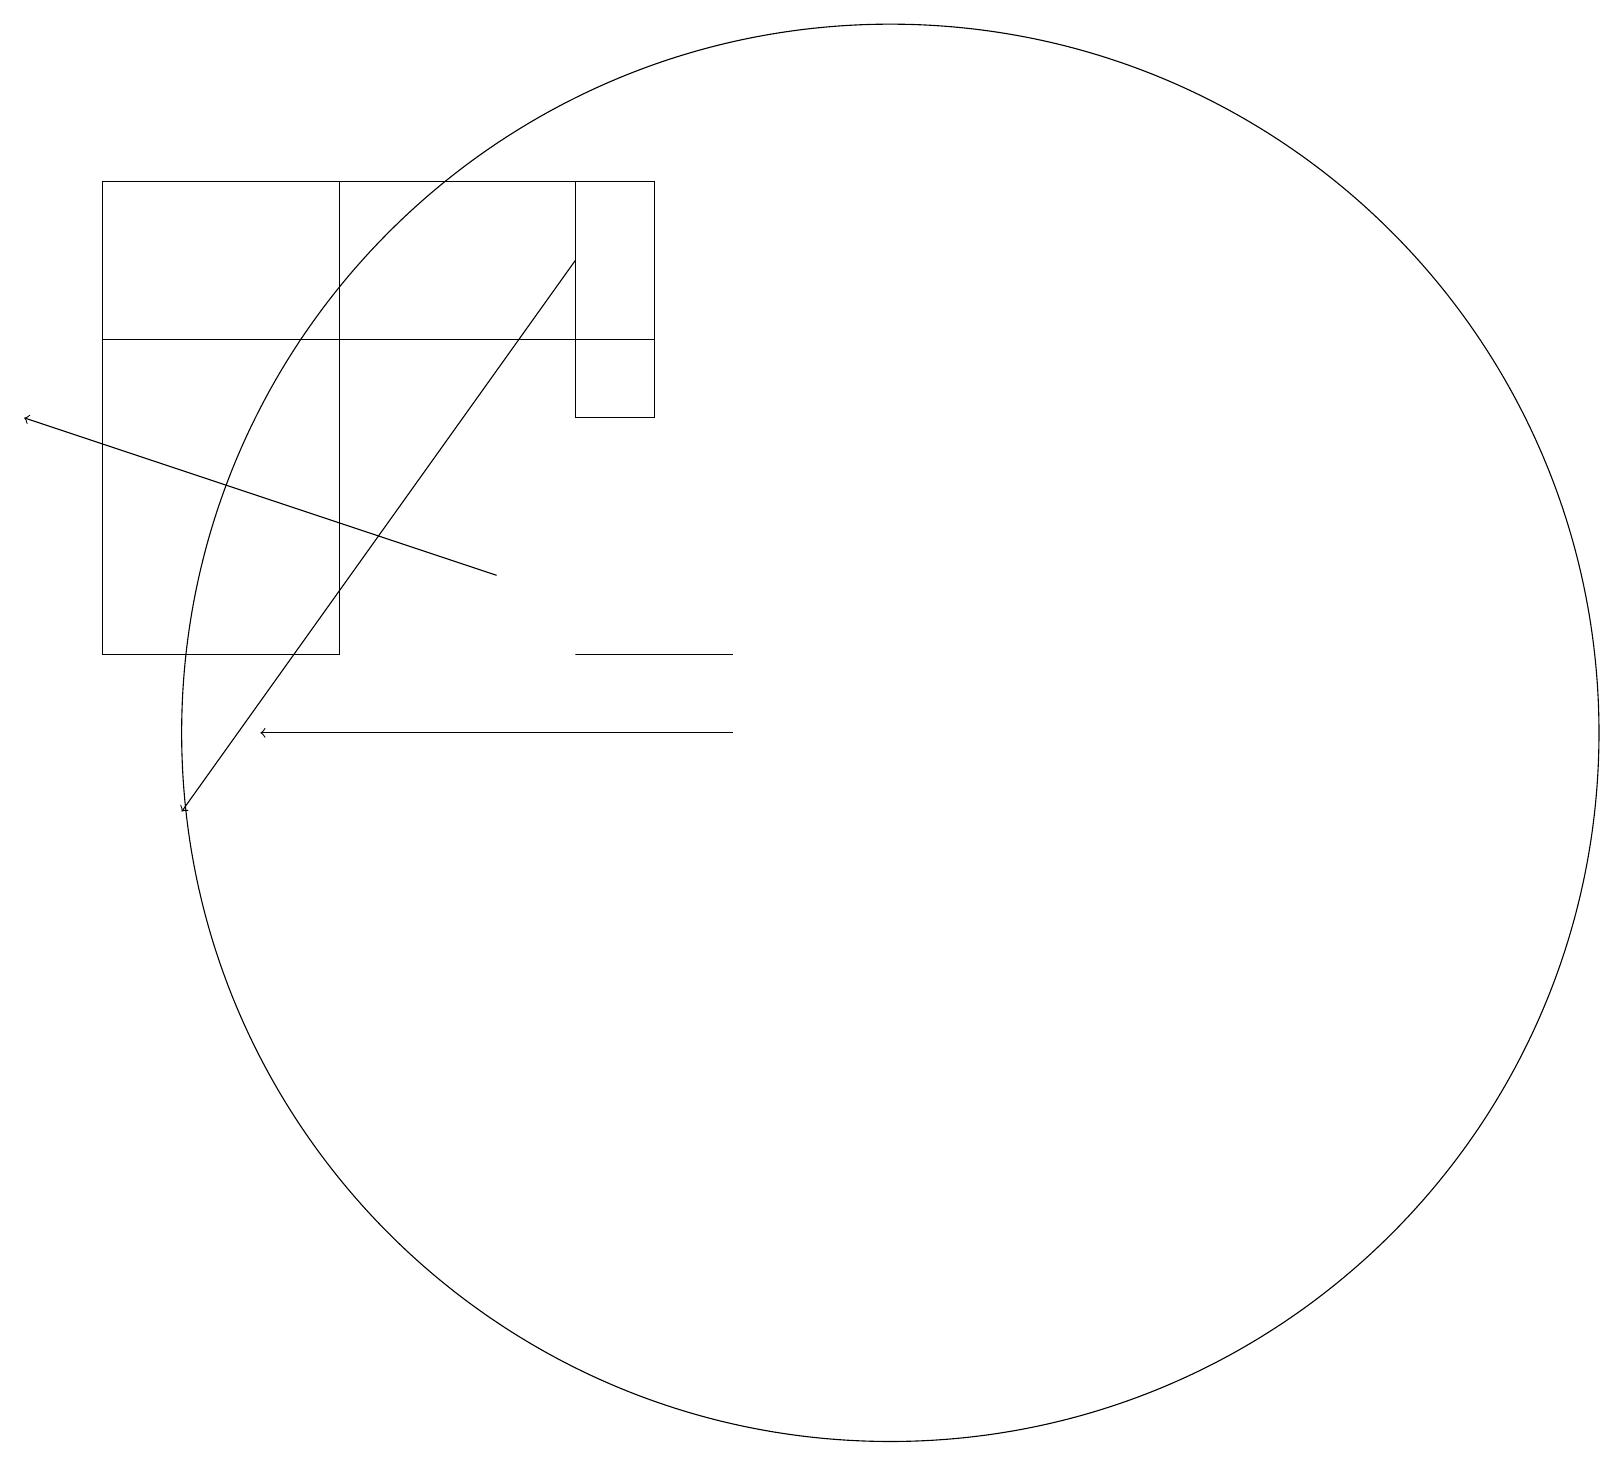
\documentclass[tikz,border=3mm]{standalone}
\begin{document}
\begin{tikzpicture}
\draw (7,13) rectangle (9,13);
\draw[->] (6,14) -- (0,16);
\draw[->] (7,18) -- (2,11);
\draw (8,19) rectangle (7,16);
\draw (1,13) rectangle (4,19);
\draw[->] (9,12) -- (3,12);
\draw (11,12) circle (9);
\draw (8,17) rectangle (1,19);
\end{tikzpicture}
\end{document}